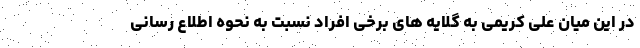
در این میان علی کریمی به گلایه های برخی افراد نسبت به نحوه اطلاع رسانی